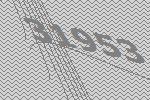
31953